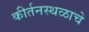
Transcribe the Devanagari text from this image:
कीर्तनस्थळाचे